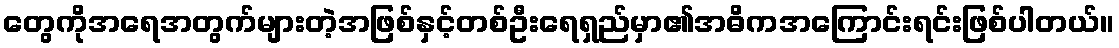
တွေကိုအရေအတွက်များတဲ့အဖြစ်နှင့်တစ်ဦးရေရှည်မှာ၏အဓိကအကြောင်းရင်းဖြစ်ပါတယ်။